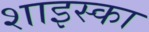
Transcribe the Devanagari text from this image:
शाइस्का